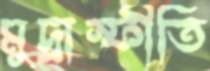
মুদ্রাস্ফীতি